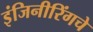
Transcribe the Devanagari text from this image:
इंजिनीरिंगचे